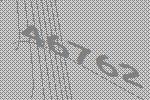
46762